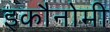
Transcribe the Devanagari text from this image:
इकौनोमी